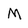
Character: M